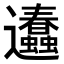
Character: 𨙥